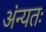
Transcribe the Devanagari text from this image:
अंन्यतः